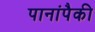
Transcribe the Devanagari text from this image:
पानांपैकी